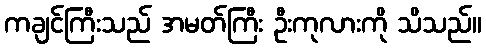
ကချင်ကြီးသည် အမတ်ကြီး ဦးကုလားကို သိသည်။